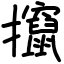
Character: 攛